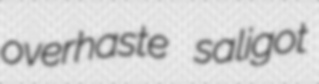
overhaste saligot